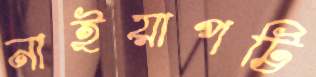
নাইয়াপট্টি